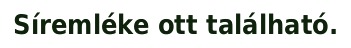
Síremléke ott található.